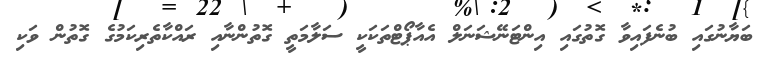
ބަޔާނުގައި ބުނެފައިވާ ގޮތުގައި އިިންޓަނޭޝަަނަލް އެއާޕޯޓްތަކަކީ ސަލާމަތީ ގޮތުންނާއި ރައްކާތެރިކަމުގެ ގޮތުން ވަކި